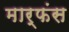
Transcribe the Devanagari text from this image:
मार्फंस